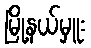
မြို့နယ်မှူး